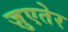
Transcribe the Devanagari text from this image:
ज़ुएतेर